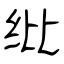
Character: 纰